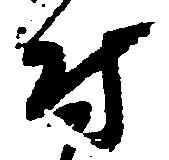
付